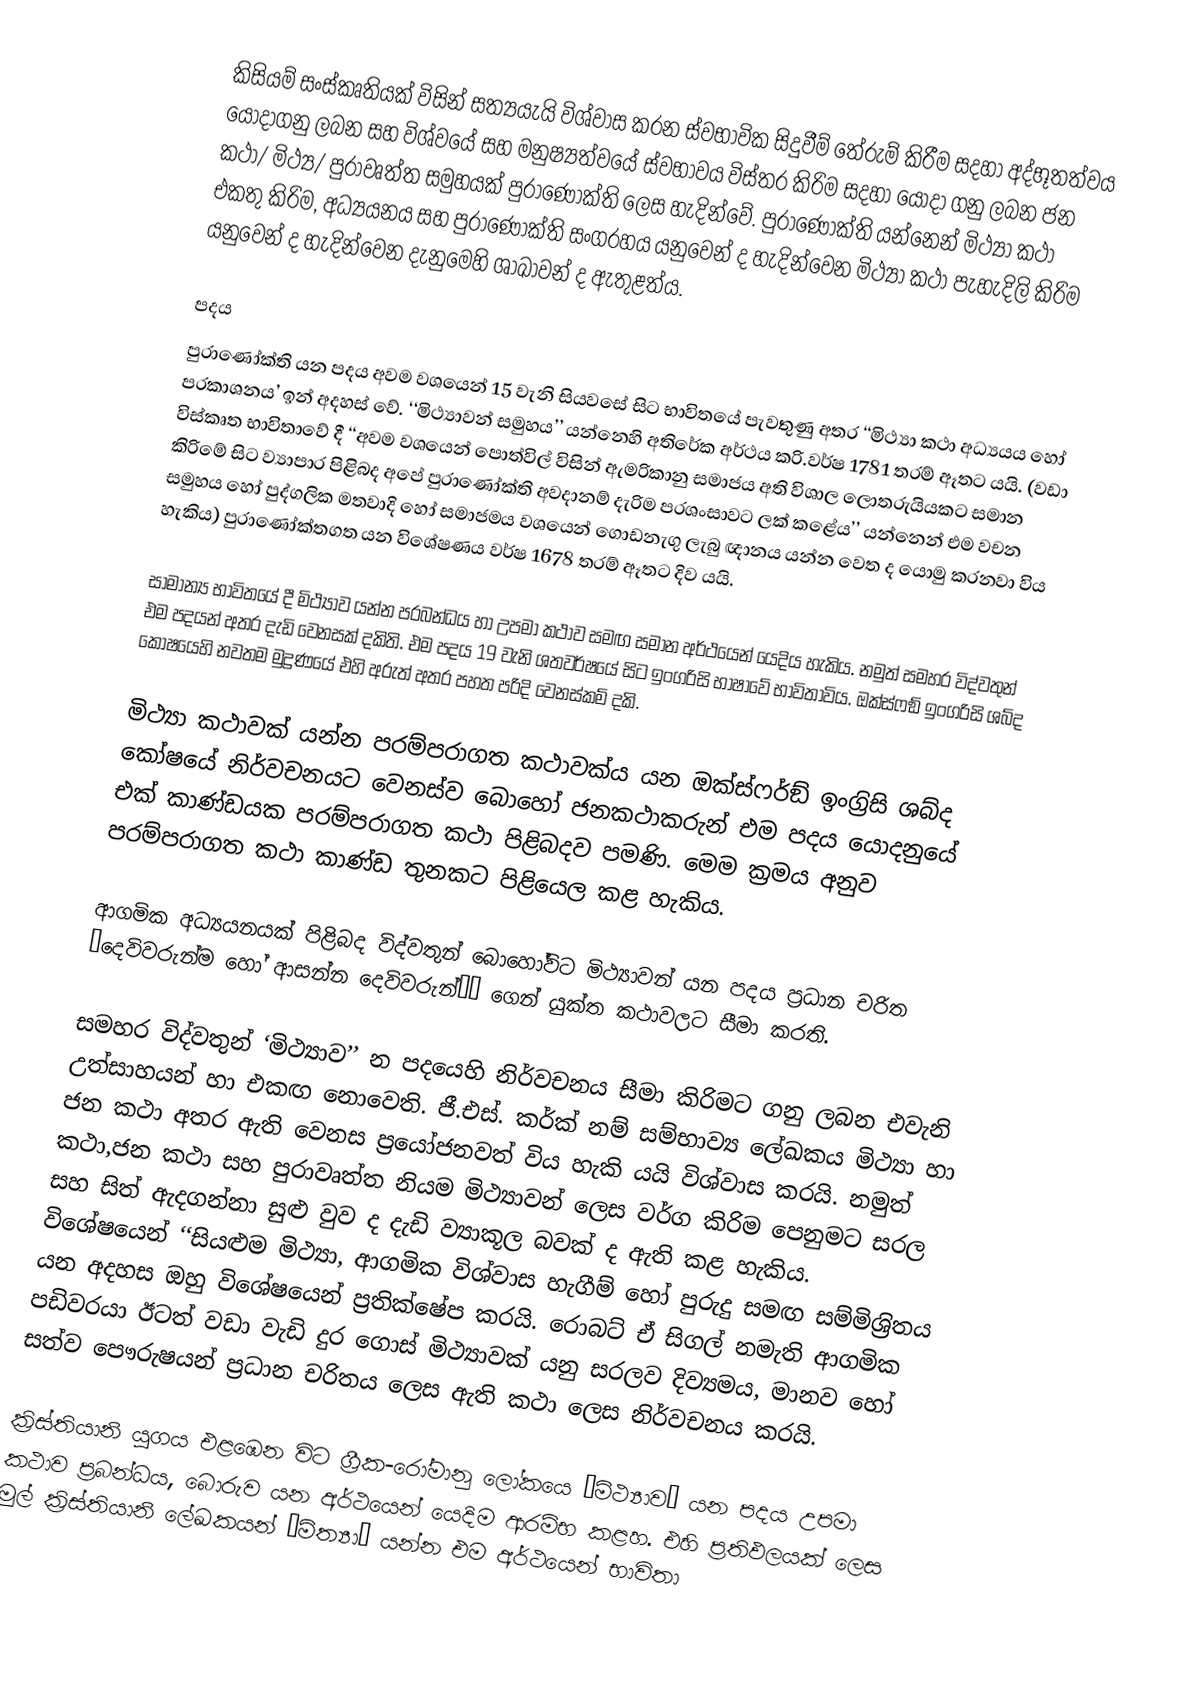
කිසියම් සංස්කෘතියක් විසින් සත්‍යයැයි විශ්වාස කරන ස්වභාවික සිදුවීම් තේරුම් කිරීම සදහා අද්භූතත්වය යොදාගනු ලබන සහ විශ්වයේ සහ මනුෂ්‍යත්වයේ ස්වභාවය විස්තර කිරිම සදහා යොදා ගනු ලබන ජන කථා/ මිථ්‍ය/ පුරාවෘත්ත සමුහයක් පුරාණෝක්ති ලෙස හැදින්වේ. පුරාණෝක්ති යන්නෙන් මිථ්‍යා කථා එකතු කිරිම, අධ්‍යයනය සහ පුරාණෝක්ති සංග‍්‍රහය යනුවෙන් ද හැදින්වෙන මිථ්‍යා කථා පැහැදිලි කිරිම යනුවෙන් ද හැදින්වෙන දැනුමෙහි ශාඛාවන් ද ඇතුළත්ය.

පදය
පුරාණෝක්ති යන පදය අවම වශයෙන් 15 වැනි සියවසේ සිට භාවිතයේ පැවතුණු අතර ‘‘මිථ්‍යා කථා අධ්‍යයය හෝ ප‍්‍රකාශනය’ ඉන් අදහස් වේ. ‘‘මිථ්‍යාවන් සමුහය’’ යන්නෙහි අතිරේක අර්ථය ක‍්‍රි.වර්ෂ 1781 තරම් ඈතට යයි. (වඩා විස්කෘත භාවිතාවේ දී ‘‘අවම වශයෙන් පොත්විල් විසින් ඇමරිකානු සමාජය අති විශාල ලොතරුයියකට සමාන කිරිමේ සිට ව්‍යාපාර පිළිබද අපේ පුරාණෝක්ති අවදානම් දැරිම ප‍්‍රශංසාවට ලක් කළේය’’ යන්නෙන් එම වචන සමුහය හෝ පුද්ගලික මතවාදි හෝ සමාජමය වශයෙන් ගොඩනැගු ලැබු ඥානය යන්න වෙත ද යොමු කරනවා විය හැකිය) පුරාණෝක්තගත යන විශේෂණය වර්ෂ 1678 තරම් ඈතට දිව යයි.

සාමාන්‍ය භාවිතයේ දී මිථ්‍යාව යන්න ප‍්‍රබන්ධය හා උපමා කථාව සමඟ සමාන අර්ථයෙන් යෙදිය හැකිය. නමුත් සමහර විද්වතුන් එම පදයන් අතර දැඩි වෙනසක් දකිති. එම පදය 19 වැනි ශතවර්ෂයේ සිට ඉංග‍්‍රිසි භාෂාවේ භාවිතාවිය. ඔක්ස්ෆඞ් ඉංග‍්‍රිසි ශබ්ද කෝෂයෙහි නවතම මුද්‍රණයේ එහි අරුත් අතර පහත පරිදි වෙනස්කම් දකි.

මිථ්‍යා කථාවක් යන්න පරම්පරාගත කථාවක්ය යන ඔක්ස්ෆර්ඞ් ඉංග‍්‍රිසි ශබ්ද කෝෂයේ නිර්වචනයට වෙනස්ව බොහෝ ජනකථාකරුන් එම පදය යොදනුයේ එක් කාණ්ඩයක පරම්පරාගත කථා පිළිබදව පමණි. මෙම ක‍්‍රමය අනුව පරම්පරාගත කථා කාණ්ඩ තුනකට පිළියෙල කළ හැකිය.

ආගමික අධ්‍යයනයක් පිළිබද විද්වතුන් බොහෝවිට මිථ්‍යාවන් යන පදය ප‍්‍රධාන චරිත ‘දෙවිවරුන්ම හෝ ආසන්න දෙවිවරුන්’’ ගෙන් යුක්ත කථාවලට සීමා කරති.

සමහර විද්වතුන් ‘මිථ්‍යාව’’ න පදයෙහි නිර්වචනය සීමා කිරිමට ගනු ලබන එවැනි උත්සාහයන් හා එකඟ නොවෙති. ජී.එස්. කර්ක් නම් සම්භාව්‍ය ලේඛකය මිථ්‍යා හා ජන කථා අතර ඇති වෙනස ප‍්‍රයෝජනවත් විය හැකි යයි විශ්වාස කරයි. නමුත් කථා,ජන කථා සහ පුරාවෘත්ත නියම මිථ්‍යාවන් ලෙස වර්ග කිරිම පෙනුමට සරල සහ සිත් ඇදගන්නා සුළු වුව ද දැඩි ව්‍යාකූල බවක් ද ඇති කළ හැකිය. විශේෂයෙන් ‘‘සියළුම මිථ්‍යා, ආගමික විශ්වාස හැගීම් හෝ පුරුදු සමඟ සම්මිශ‍්‍රිතය යන අදහස ඔහු විශේෂයෙන් ප‍්‍රතික්ෂේප කරයි. රොබට් ඒ සිගල් නමැති ආගමික පඩිවරයා ඊටත් වඩා වැඩි දුර ගොස් මිථ්‍යාවක් යනු සරලව දිව්‍යමය, මානව හෝ සත්ව පෞරුෂයන් ප‍්‍රධාන චරිතය ලෙස ඇති කථා ලෙස නිර්වචනය කරයි.

ක‍්‍රිස්තියානි යුගය එළඹෙන විට ග‍්‍රීක-රෝමානු ලෝකයෙ ‘මිථ්‍යාව’ යන පදය උපමා කථාව ප‍්‍රබන්ධය, බොරුව යන අර්ථයෙන් යෙදිම ආරම්භ කළහ. එහි ප‍්‍රතිඵලයක් ලෙස මුල් ක‍්‍රිස්තියානි ලේඛකයන් ‘මිත්‍යා’ යන්න එම අර්ථයෙන් භාවිතා